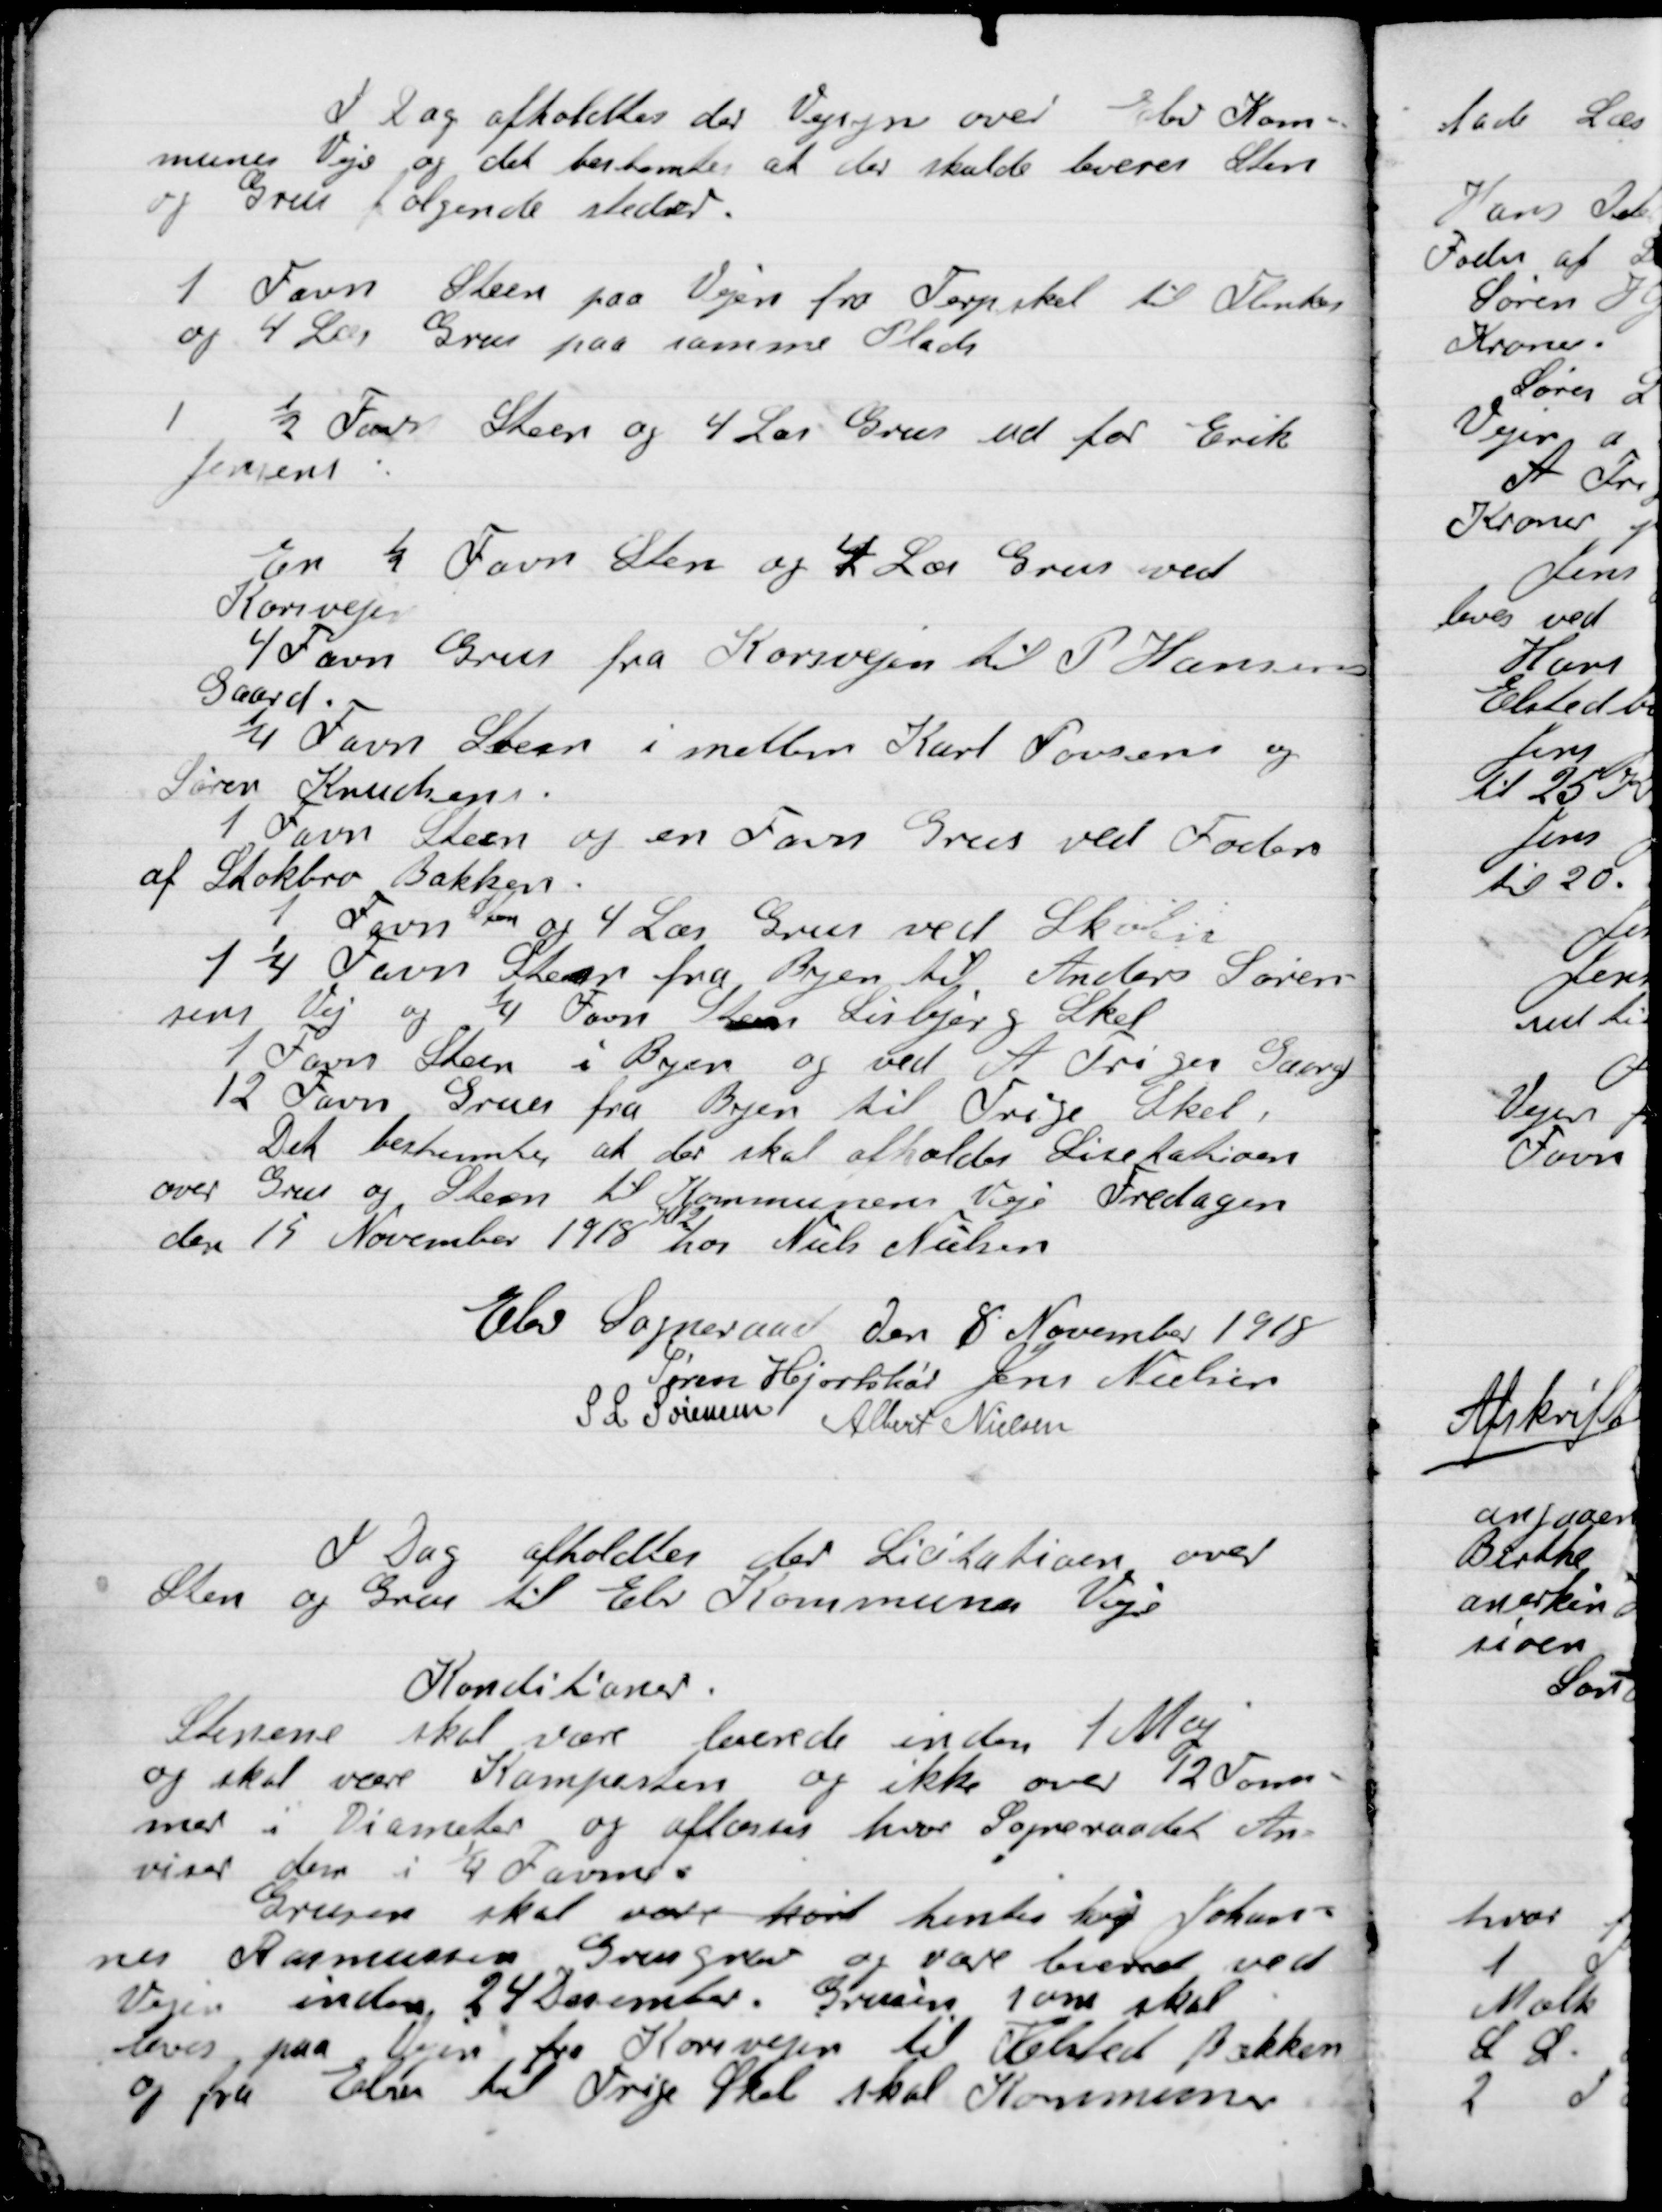
Transskription:
I Dag afholdtes der Vejsyn over Elev Kom-
munens Veje og det bestemtes at der skulde leveres Sten
og Grus følgende steder:
1 Favn Sten paa Vejen fra Terp skel til Flenten
og 4 læs Grus paa samme Plads
1 ½ Favn Sten og 4 Læs Grus ud for Erik
Jensen
En ½ Favn Sten og 4 Læs Grus  ved
Korsvejen
4 Favn Grus fra Korsvejen til P. Hansen
Gaard
¼ favn Sten i mellem Karl Poulsen og
Søren Knudsen.
1 Favn sten og en Favn Grus ved Foden
af Stokbro Bakken.
1 Favn
Sten
og 4 læs Grus ved Skolen
1 ¼ Favn Sten fra Byen til Anders Søren-
sens Vej og ¼ Favn Sten Lisbjerg Skel
1 Favn Sten i Byen og ved A. Triges Gaard
12 Favn Grus fra Byen til Trige Skel
Det bestemtes at der skal afholdes Licitation
over Grus og Sten til Kommunens Veje Fredagen
den 19 November 1918 hos Niels Nielsen

Elev Sogneraad Den 8 November 1918

Søren Hjortshøi
Jens Nielsen
S. L. Sørensen
Albert Nielsen

I Dag afholdtes der  Licitation over
Sten og Grus til Elev kommunens Veje

Konditionen.
Stenene skal være leverede inden 1 Maj
og skal være Kampesten og ikke over 12 Tom-
mer i Diameter og aflæsses hvor Sogneraadet An-
viser dem i ¼ Favne.
Grusen skal være kørt hentes hos Johan-
nes Rasmussens Grusgrav og være leveret ved
Vejen inden 24 December. Grusen som skal
Leveres paa Vejen fra Korsvejen til Elsted Bækken
og fra Elev til Trige Skel skal Kommunen